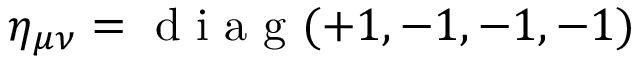
\eta _ { \mu \nu } = \mathrm { ~ d ~ i ~ a ~ g ~ } ( + 1 , - 1 , - 1 , - 1 )